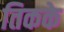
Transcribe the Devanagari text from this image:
तिकके